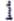
1